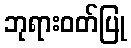
ဘုရားဝတ်ပြု